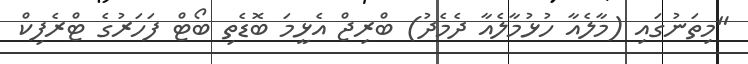
"މިތަނުގައި (މާލެއާ ހުޅުމާލެއާ ދެމެދު) ބްރިޖް އެޅީމަ ބޮޑެތި ބޯޓް ފަހަރުގެ ޓްރެފިކް